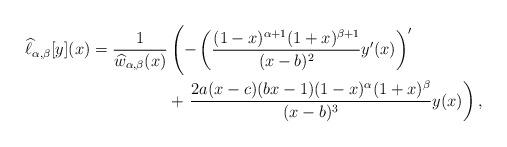
LaTeX: \begin{align*}\widehat{\ell}_{\alpha,\beta}[y](x) =\frac{1}{\widehat{w}_{\alpha,\beta}(x)}& \left( -\left( \frac{(1-x)^{\alpha+1}(1+x)^{\beta+1}}{(x-b)^{2}}y^{\prime}(x)\right) ^{\prime}\right. \\& +\left. \frac{2a(x-c)(bx-1)(1-x)^{\alpha}(1+x)^{\beta}}{(x-b)^{3}}y(x)\right) ,\end{align*}